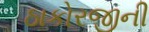
ઠાકોરજીની